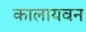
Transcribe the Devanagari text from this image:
कालायवन